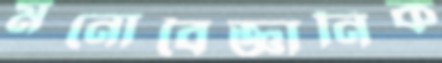
মনোবৈজ্ঞানিক